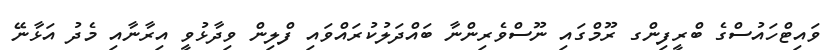
ވައިޓްހައުސްގެ ބްރީފިންގ ރޫމްގައި ނޫސްވެރިންނާ ބައްދަލުކުރައްވައި ފްލިން ވިދާޅުވީ އިރާނާއި މެދު އަޅާނޭ